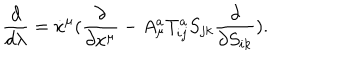
LaTeX: \frac { d } { d \lambda } = \dot { x } ^ { \mu } ( \frac { \partial } { \partial x ^ { \mu } } - A _ { \mu } ^ { a } T _ { i j } ^ { a } S _ { j k } \frac { \partial } { \partial S _ { i k } } ) .